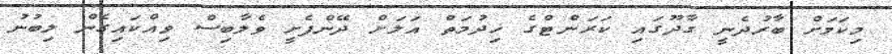
މިކަމަށް ބާރުދެނީ ގާދޫގައި ކަރަންޓްގެ ޚިދުމަތް އަލަށް ދޭންފެށީ ވެލާބިސް ވިއްކައިގެން ލިބުނު